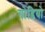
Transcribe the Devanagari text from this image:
गोडियो